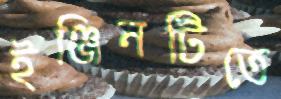
ইঞ্জিনটিতে